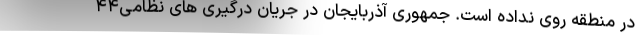
در منطقه روی نداده است. جمهوری آذربایجان در جریان درگیری های نظامی۴۴